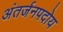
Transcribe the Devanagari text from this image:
अंतर्जनपदोय